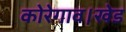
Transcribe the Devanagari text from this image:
कोरेगाव।खेड